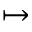
\mapsto